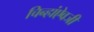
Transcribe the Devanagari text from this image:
चिन्हांऐवजी